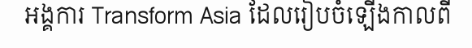
អង្គការ Transform Asia ដែលរៀបចំឡើងកាលពី